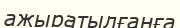
ажыратылғанға